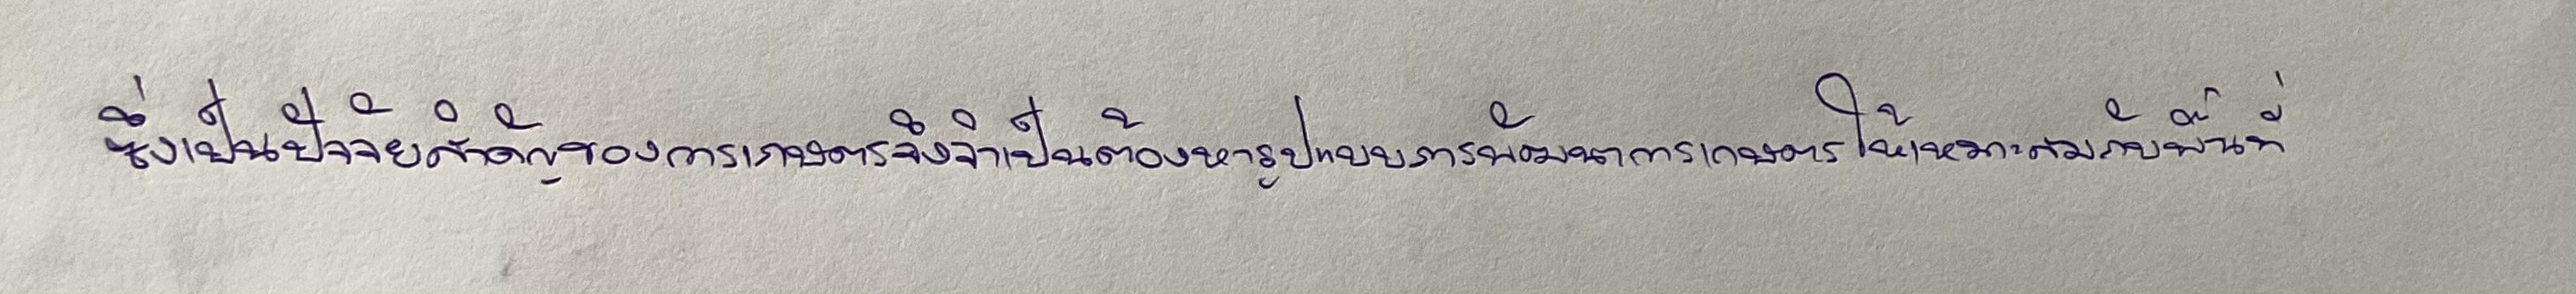
ซึ่งเป็นปัจจัยสำคัญของการเกษตรจึงจำเป็นต้องหารูปแบบการพัฒนาการเกษตรให้เหมาะสมกับพื้นที่